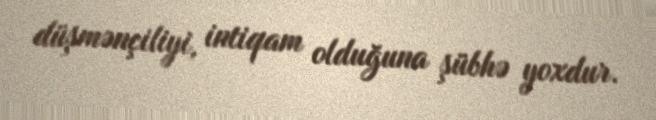
düşmənçiliyi, intiqam olduğuna şübhə yoxdur.